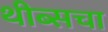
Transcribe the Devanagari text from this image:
थीब्सचा